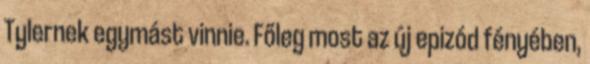
Tylernek egymást vinnie. Főleg most az új epizód fényében,